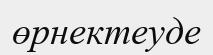
өрнектеуде